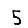
Digit: 5